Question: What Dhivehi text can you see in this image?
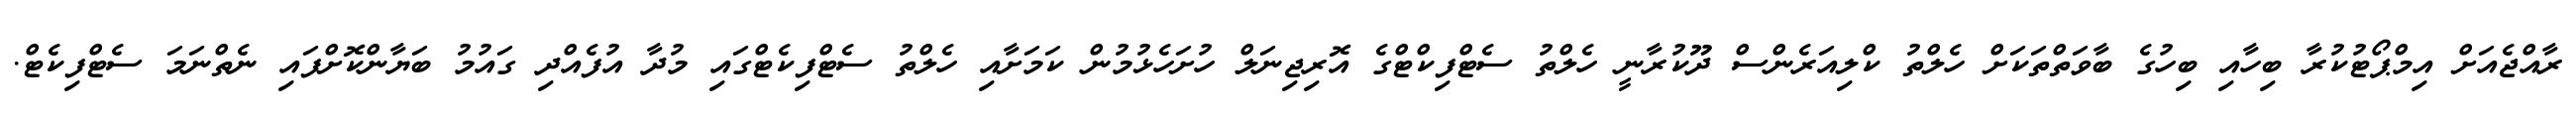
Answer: ރާއްޖެއަށް އިމްޕޯޓުކުރާ ބިހާއި ބިހުގެ ބާވަތްތަކަށް ހެލްތު ކްލިއަރެންސް ދޫކުރާނީ ހެލްތު ސެޓްފިކްޓްގެ އޮރިޖިނަލް ހުށަހެޅުމުން ކަމަށާއި ހެލްތު ސެޓްފިކެޓްގައި މުދާ އުފެއްދި ގައުމު ބަޔާންކޮށްފައި ނެތްނަމަ ސެޓްފިކެޓް.